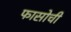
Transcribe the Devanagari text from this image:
फासोची